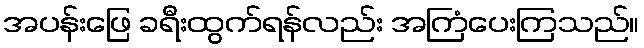
အပန်းဖြေ ခရီးထွက်ရန်လည်း အကြံပေးကြသည်။